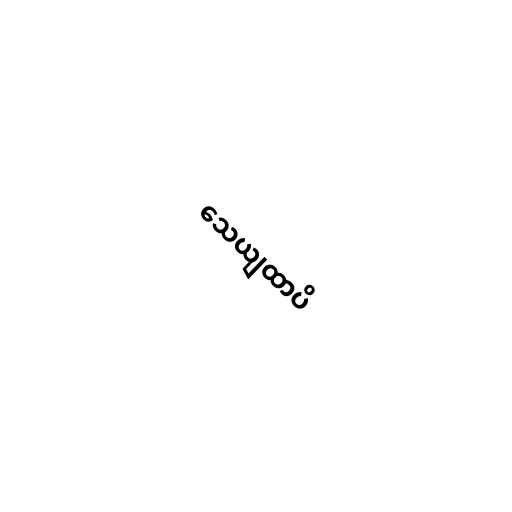
သေယျထာပိ